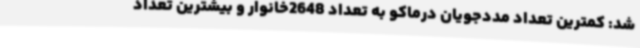
شد: کمترین تعداد مددجویان درماکو به تعداد 2648خانوار و بیشترین تعداد